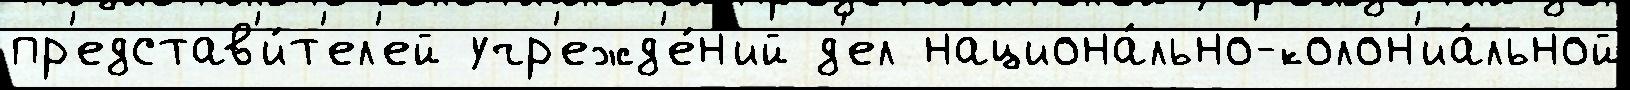
пр'едстав'и́т'ел'ей учр'ежд'е́н'ий д'ел национа́льно-колон'иа́льной